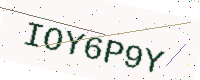
Text: IOY6P9Y